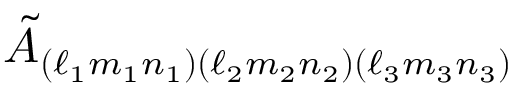
\tilde { A } _ { ( \ell _ { 1 } m _ { 1 } n _ { 1 } ) ( \ell _ { 2 } m _ { 2 } n _ { 2 } ) ( \ell _ { 3 } m _ { 3 } n _ { 3 } ) }